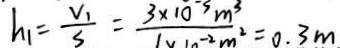
h _ { 1 } = \frac { V _ { 1 } } { s } = \frac { 3 \times 1 0 ^ { - 3 } m ^ { 3 } } { 1 \times 1 0 ^ { - 2 } m ^ { 2 } } = 0 . 3 m